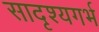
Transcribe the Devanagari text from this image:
सादृश्यगर्भ